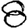
Digit: 8